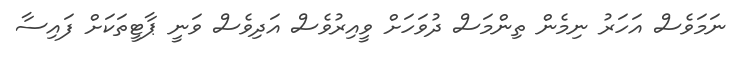
ނަމަވެސް އަހަރު ނިމެން ތިންމަސް ދުވަހަށް ވީއިރުވެސް އަދިވެސް ވަނީ ޕާޓީތަކަށް ފައިސާ